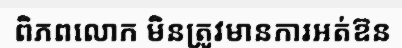
ពិភពលោក មិនត្រូវមានការអត់ឱន